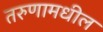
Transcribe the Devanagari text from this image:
तरुणामधील